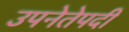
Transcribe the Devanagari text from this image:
उपनेतेपदी